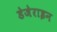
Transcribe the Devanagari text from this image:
डेजेराइन